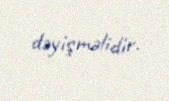
dəyişməlidir.